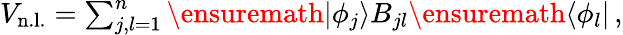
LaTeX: \begin{array}{r}{V_{\mathrm{n.l.}}=\sum_{j,l=1}^{n}\ensuremath{|\phi_{j}\rangle}{B_{jl}}\ensuremath{\langle\phi_{l}|}\, ,}\end{array}